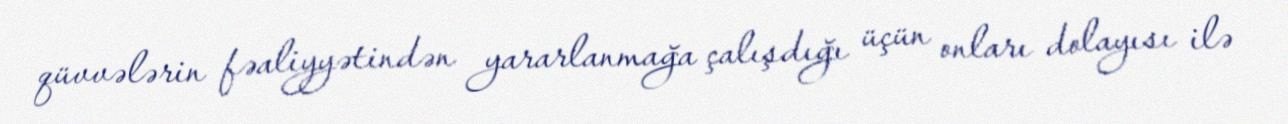
qüvvələrin fəaliyyətindən yararlanmağa çalışdığı üçün onları dolayısı ilə